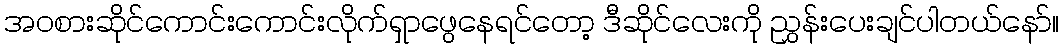
အဝစားဆိုင်ကောင်းကောင်းလိုက်ရှာဖွေနေရင်တော့ ဒီဆိုင်လေးကို ညွှန်းပေးချင်ပါတယ်နော်။